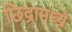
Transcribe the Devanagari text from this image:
छिद्रामध्य्रे